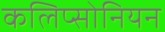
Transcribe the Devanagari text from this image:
कलिप्सोनियन